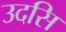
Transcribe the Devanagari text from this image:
उदसि